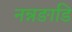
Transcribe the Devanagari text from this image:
नन्नङाडि